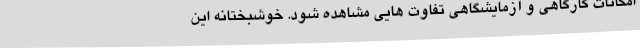
امکانات کارگاهی و آزمایشگاهی تفاوت هایی مشاهده شود. خوشبختانه این